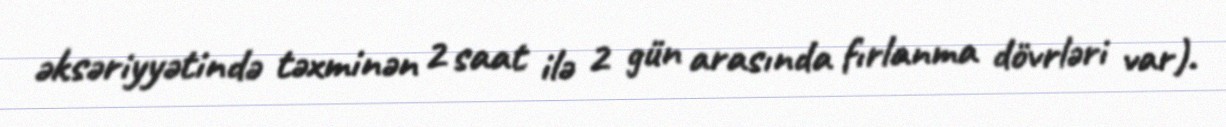
əksəriyyətində təxminən 2 saat ilə 2 gün arasında fırlanma dövrləri var).